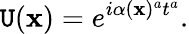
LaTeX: \mathtt{U}(\mathbf{x})=e^{i\alpha(\mathbf{x})^{a}t^{a}}.